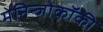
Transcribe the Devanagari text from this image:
मेनिन्जोकॉकी